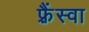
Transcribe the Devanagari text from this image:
फ़्रैंस्वा